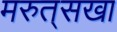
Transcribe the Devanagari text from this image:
मरुत्‌सखा